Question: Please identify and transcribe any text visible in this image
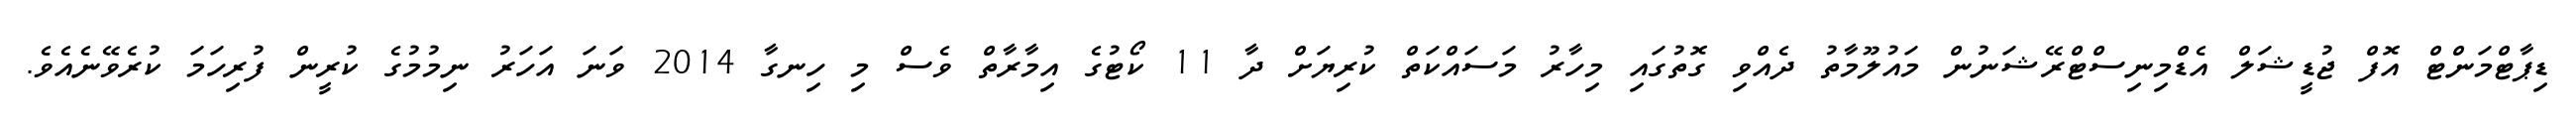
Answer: ޑިޕާޓްމަންޓް އޮފް ޖުޑީޝަލް އެޑްމިނިސްޓްރޭޝަނުން މައުލޫމާތު ދެއްވި ގޮތުގައި މިހާރު މަސައްކަތް ކުރިޔަށް ދާ 11 ކޯޓުގެ އިމާރާތް ވެސް މި ހިނގާ 2014 ވަނަ އަހަރު ނިމުމުގެ ކުރީން ފުރިހަމަ ކުރެވޭނެއެވެ.